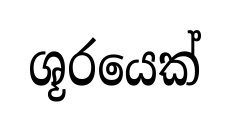
ශූරයෙක්